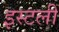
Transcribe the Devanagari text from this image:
इस्टली